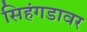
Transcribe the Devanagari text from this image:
सिहंगडावर